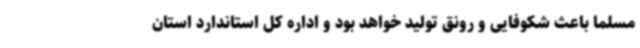
مسلماً باعث شکوفایی و رونق تولید خواهد بود و اداره کل استاندارد استان